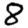
Digit: 8